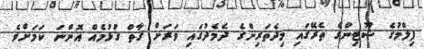
ފިލްމުގެ ޝޫޓިންގެ ތެރޭގައި މިދެތަރިންގެ ދެމެދުގައި ވަރަށް ގާތް ގުޅުމެއް އޮންނަ ކަމަށްވެ